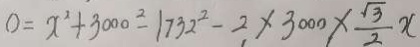
0 = x ^ { 2 } + 3 0 0 0 ^ { 2 } - 1 7 3 2 ^ { 2 } - 2 \times 3 0 0 0 \times \frac { \sqrt { 3 } } { 2 } x